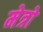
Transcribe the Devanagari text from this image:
मेत्रो